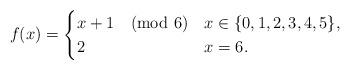
LaTeX: \begin{align*}f(x)= \begin{cases} x+1 \pmod 6 & x\in \{0,1,2,3,4,5\}, \\ 2 & x=6.\end{cases}\end{align*}